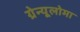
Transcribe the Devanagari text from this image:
ग्रेन्यूलोमा